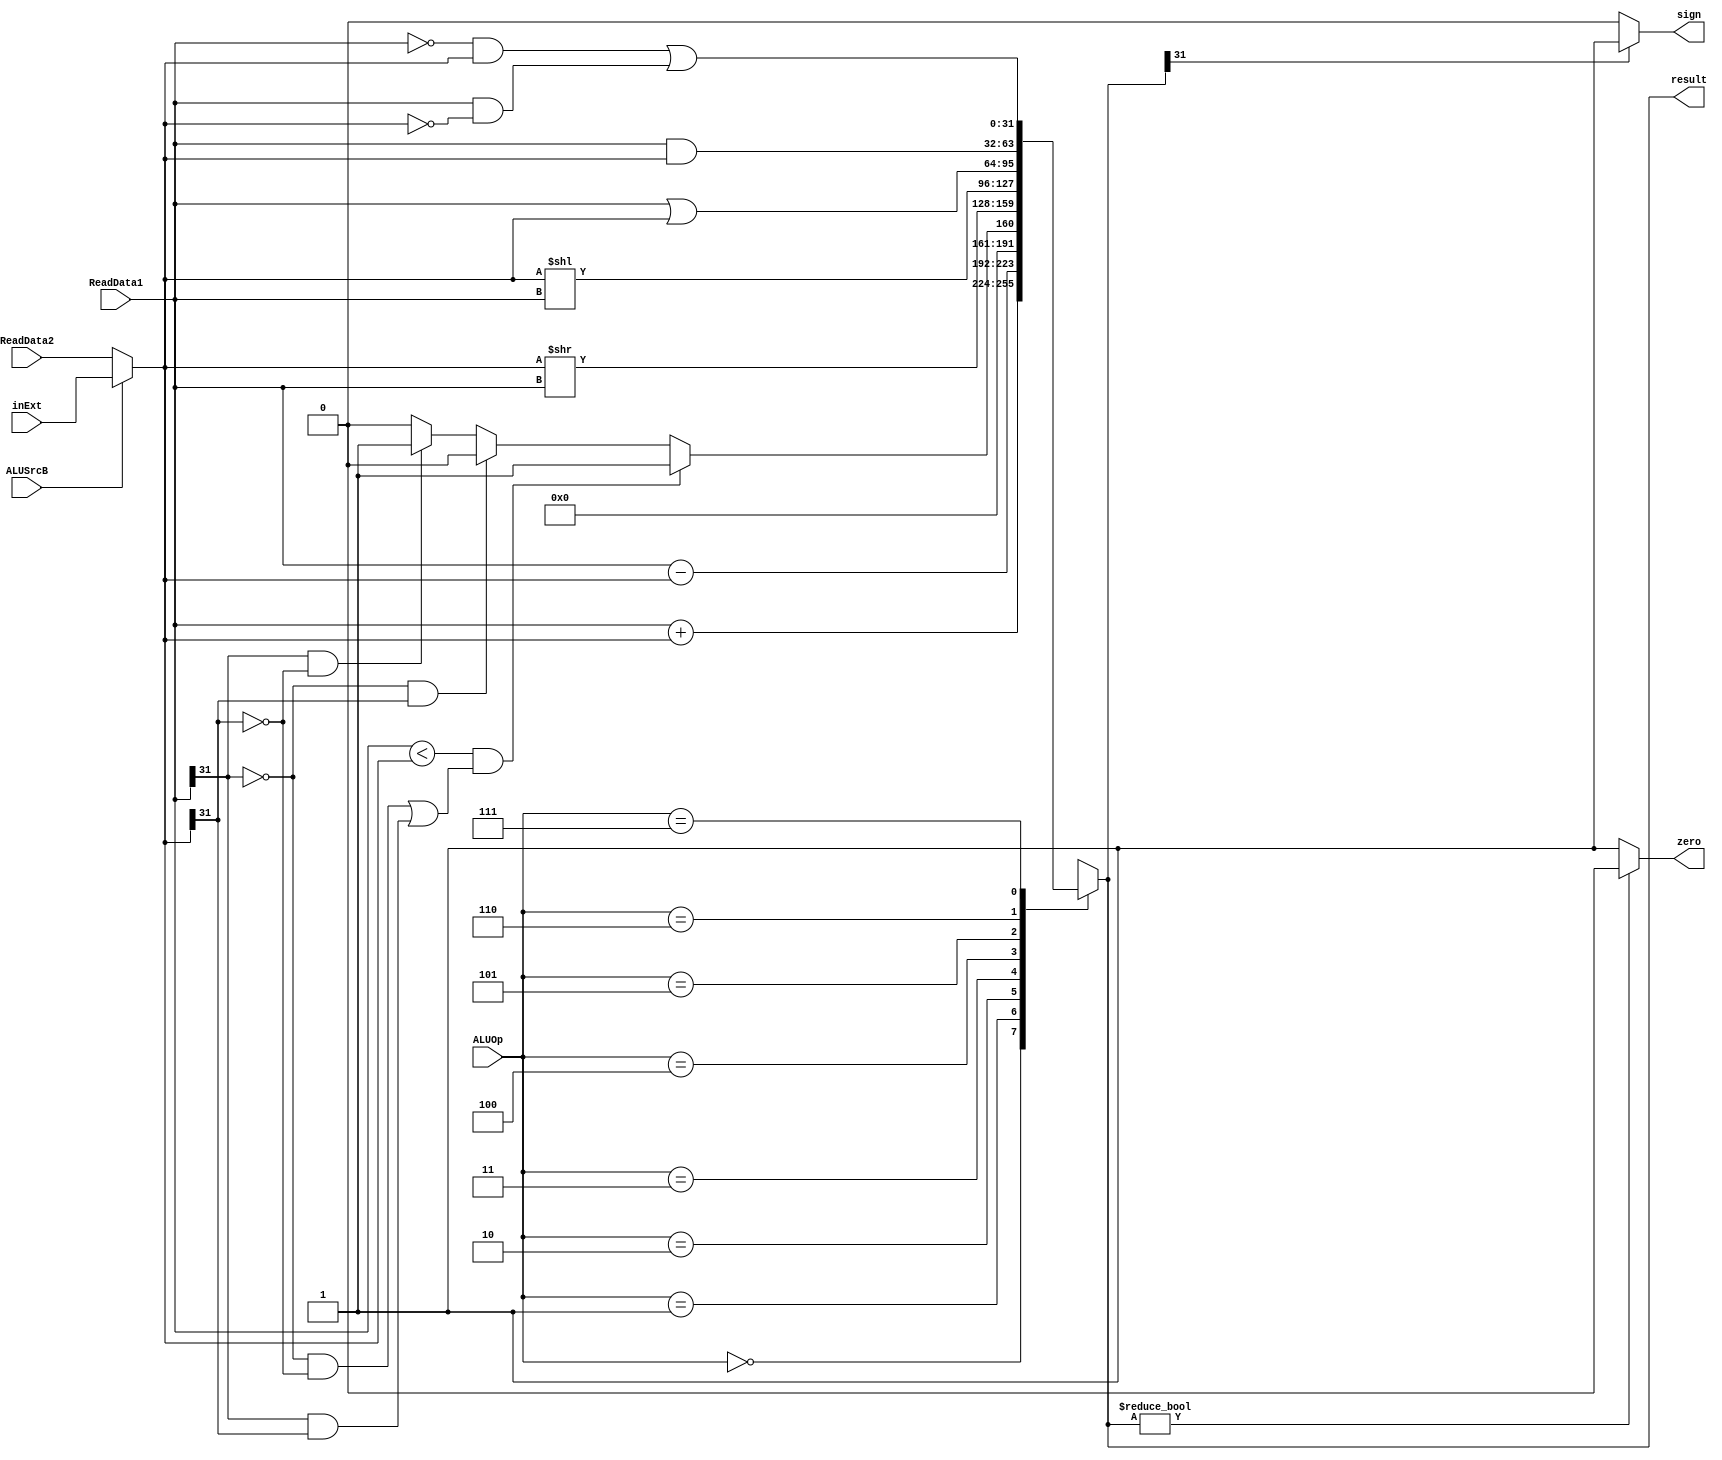
`timescale 1ns / 1ps  
// ALU alu(out1, out2, extendData,ALUSrcB, ALUOp, zero, result,sign);
module ALU(input [31:0] ReadData1, ReadData2, inExt,
            //input[4:0]sa,  
           //input ALUSrcA,
           input ALUSrcB,  
           input [2:0] ALUOp,  
           output wire zero,  
           output reg [31:0] result,
           output sign);  
       
     initial begin  
        result = 0;  
    end  
  
    wire [31:0] B;  
    //wire [4:0] A;
    //assign A = sa;
     assign B = ALUSrcB? inExt : ReadData2;  
     assign zero = (result? 0 : 1);  
     assign sign = (result[31]==1)?1:0;//
       
     always @(ReadData1 or ReadData2 or B  or ALUOp) begin  
         case(ALUOp)  
            3'b000: result = ReadData1 + B;  // A + B  
            3'b001: result = ReadData1 - B;  // A - B  
            3'b010:  begin // 
                       if (ReadData1<B &&(( ReadData1[31] == 0 && B[31]==0) ||
                       (ReadData1[31] == 1 && B[31]==1))) result = 1;
                       else if (ReadData1[31] == 0 && B[31]==1) result = 0;
                       else if ( ReadData1[31] == 1 && B[31]==0) result = 1;
                       else result = 0;
                       end
            3'b011: result = B >> ReadData1; // AB  
            3'b100: result = B << ReadData1; // AB  
            3'b101: result = ReadData1 | B; //   
            3'b110: result = ReadData1 & B; //   
            3'b111: result = (~ReadData1 & B) | (ReadData1 & ~B); //   
        default: result = 0;  
    endcase  
  end  
       
endmodule